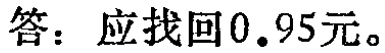
答：应找回\(0.95\)元。